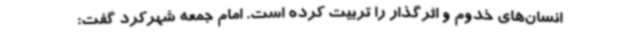
انسان‌های خدوم و اثرگذار را تربیت کرده است. امام جمعه شهرکرد گفت: